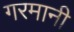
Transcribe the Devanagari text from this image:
गरमानी